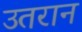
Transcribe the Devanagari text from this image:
उतरान